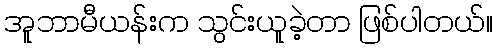
အူဘာမီယန်းက သွင်းယူခဲ့တာ ဖြစ်ပါတယ်။